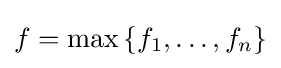
f=\max \left\lbrace f_{1},\ldots ,f_{n}\right\rbrace